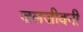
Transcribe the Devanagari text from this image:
जलजीवनी